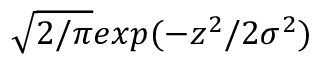
\sqrt { 2 / \pi } e x p ( - z ^ { 2 } / 2 \sigma ^ { 2 } )